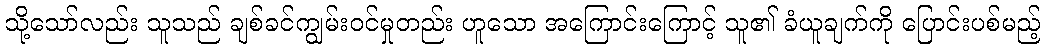
သို့သော်လည်း သူသည် ချစ်ခင်ကျွမ်းဝင်မှုတည်း ဟူသော အကြောင်းကြောင့် သူ၏ ခံယူချက်ကို ပြောင်းပစ်မည့်